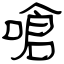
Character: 嗆